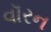
વૉરન